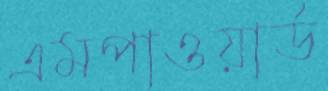
এমপাওয়ার্ড